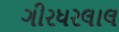
ગીરધરલાલ